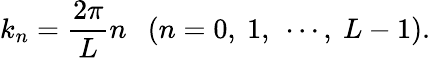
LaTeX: k_{n}=\frac{2\pi}{L}n\ \ \ (n=0,\ 1,\ \cdots,\ L-1).